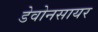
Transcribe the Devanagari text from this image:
डेवोनसायर